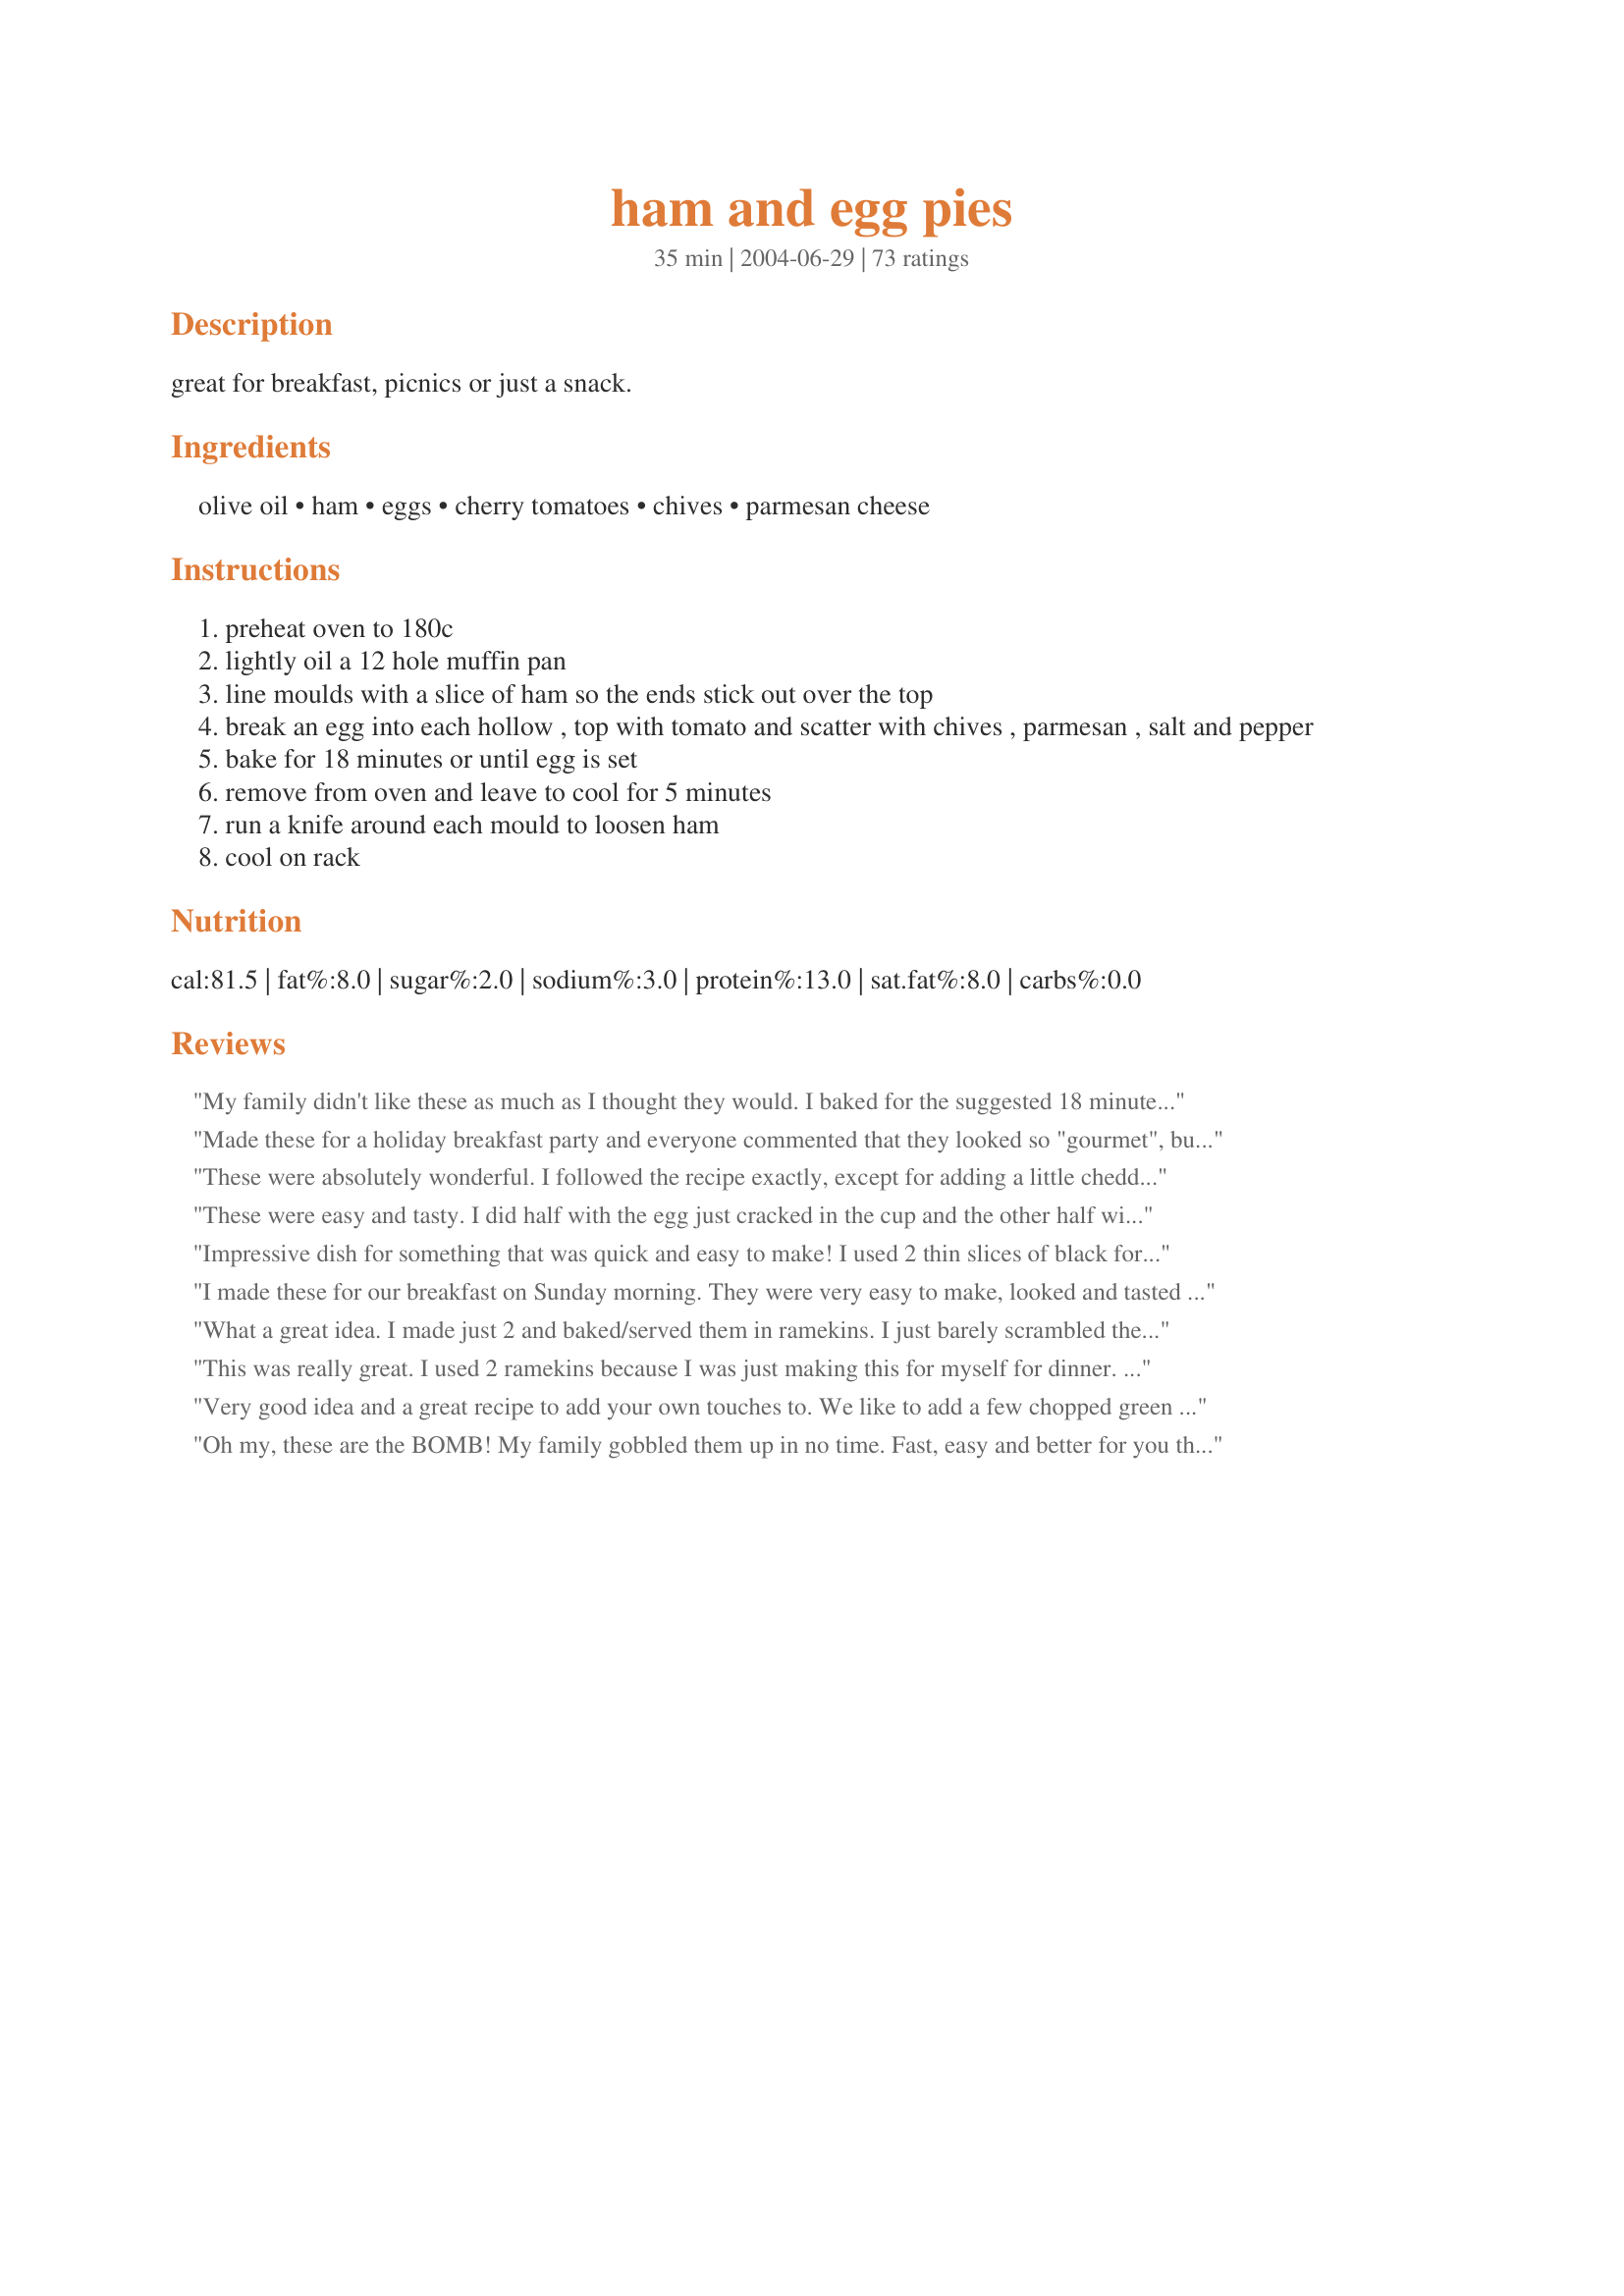
ham and egg pies
Preparation time: 35 minutes

great for breakfast, picnics or just a snack.

Ingredients:
olive oil, ham, eggs, cherry tomatoes, chives, parmesan cheese

Steps:
preheat oven to 180c
lightly oil a 12 hole muffin pan
line moulds with a slice of ham so the ends stick out over the top
break an egg into each hollow , top with tomato and scatter with chives , parmesan , salt and pepper
bake for 18 minutes or until egg is set
remove from oven and leave to cool for 5 minutes
run a knife around each mould to loosen ham
cool on rack

Reviews:
My family didn't like these as much as I thought they would. I baked for the suggested 18 minutes, and the yolks were very firm, so it tasted like a hard boiled egg. I don't know why I was expecting something more along the lines of soft-boiled or poached. I might try these again and cook for a shorter time, since my family really likes soft yolks.
Made these for a holiday breakfast party and everyone commented that they looked so "gourmet", but they are so simple! I did have to increase the cooking time to about 5-8 minutes more. Also, I made half scrambled and half as written.
These were absolutely wonderful. I followed the recipe exactly, except for adding a little cheddar cheese on top. Very easy to prepare.
These were easy and tasty. I did half with the egg just cracked in the cup and the other half with scrambled egg mixed with some cheese. The family liked the scrambled better.
Impressive dish for something that was quick and easy to make! I used 2 thin slices of black forest ham per cup - it gave the tops a nice "ruffled" look. Subbed green onion for the chives and diced grape tomatoes for cherry. Sprinkled with S&P - heavy on the pepper and and Parmesan cheese. Very tasty! I baked the full 18 minutes and let rest 5. I made 8 and only one of the yolks was soft with a little run to it. Will cook just a little less next time because we like the yolk a little runny. Thanks for sharing, this one is a keeper!
I made these for our breakfast on Sunday morning. They were very easy to make, looked and tasted great too!!
Thanks!
What a great idea. I made just 2 and baked/served them in ramekins. I just barely scrambled the egg and substituted basil because I was out of chives. Very tasty and the variations you can make are endless.
This was really great. I used 2 ramekins because I was just making this for myself for dinner. Instead of regular eggs I used all egg whites and green onions instead of chives. I put a sprinkle of garlic salt over everything before putting them into the oven. 15 minutes was perfect in my oven because I cook at high altitude. Thanks again for a great dinner.
Very good idea and a great recipe to add your own touches to. We like to add a few chopped green olives and serve on toasted English Muffins. The recipe is also great as is. Thanks for posting.
Oh my, these are the BOMB! My family gobbled them up in no time. Fast, easy and better for you than fried eggs. Thanks sooo much!!
Let me add another 5 star review for this dish. I made this up quick in 5 minutes and my boys loved it for dinner. It was in and out of the oven in 20 minutes and gone in 5. Perfect for a quick dinner when you are in a rush (which we were). Thanks so much for sharing.
I made these this morning and had our neighbors over for a little brunch. These were so easy to make and fun! Everyone loved them. I served them with coffee, tea and a big bowl of fresh fruit. We sat on the deck watching the sail boats and eating these great little pies. I filled half of them with scrambled eggs and the other with the whole egg as you suggested. Both ways were wonderful. Thanks so much, Jewelies.

Delicious!! DH quickly put these little gems together on Black Friday while we did some heavy online shopping. Really, really tasty & easy!
What a great breakfast. We had these this morning and I made half with ham and half with partially cooked bacon lining the muffin tins. I sprinkled the top with freshly ground pepper, personal preference. I couldn't find cherry tomatoes so I used sliced plum tomatoes. Will definitely make these again and perhaps try grated cheddar cheese too.
Extremely easy and LOW carb. You should call these one carb wonders!! I halved the recipe and it was FANTASTIC!!
These taste as good as they look! Great presentation and really tasty!
I made these in a regular muffin pan. These were very good. I think this summer, I might just use a thin slice of fresh tomato
Great recipe!!! Everyone loved these, they are quick and simple and use what most people have on hand. The kids think these are great I have made them twice since finding this recipe. I made these with just ham and eggs and still great(and scrambled and whole eggs, either work great). Thanks for a wonderful recipe.
5 Excellent Stars! These were easy to whip up and oooh so yummy ! My ham must have been a little thin becuase my egg leaked a little undernieth with most of these, making removal a little tricky, but where there's a will there's a way, and I managed to keep them fairly presentable. I beat my eggs before putting them into the ham (my mother's whole cooked eggs were scary ...usually about 95% raw) and I therefore prefer no reminders and beat mine, just personal preference. I was also running out of parmesan so mixed in a little Gouda as well.. heck these were wonderful little morsels !!! Please see my rating system: 5 stars not only becuase of the ease to make, great presentation and great taste, but also becuase I made my 5 year old picky DD try one bite and after pulling horrible faces for a minute she decided that she actually LIKED them after all... (ok, we picked out the tomatoes in hers, she still doesn't eat them but it was a nice try LOL) DD doesn't mind if I make these for her again, with the cheese and egg filling ..Whoo Hoo !!! Gloating over Success over this 5 year olds eating habits is probably not polite in a woman of my age, but heck if you saw what this kid *doesn't* eat despite my best efforts... you'd be celebrating too ! Thanks !!!
I have had this at a friends's home who makes this very dish at a bed & breakfast that she works at! Very tasty and pretty to look at :)
Okay.
What a super cute idea! Sooo easy to make and the kid's LOVED them! Thanks for sharing.
These are a great idea & easy to whip up.. only thing is a little on the bland side. Added a tablespoon of wholegrain mustard, & will add extra herbs or something next time. Would definitely make again though! Thanks for posting!
Such a delightful treat! As others have suggested, scramble the eggs and then pour the egg mixture into each muffin tin. You save on eggs as well as being able to add other ingredients. I wanted something quick and easy yet delicious. This took me less then 30 minutes to prepare and cook. I know I will be making this again!! I didn't have cherry tomatoes, so I used regular tomatoes and cut slices and put it over the egg mixture. I also covered it with Le Gruyere cheese instead of Parmesan and it turned out amazing! Next time I'm thinking about putting a dab of cream cheese (garden vegetable sounds yummy) under the tomato and then adding the tomato and Le Gruyere cheese and topping it with salt and pepper. Again, such an amazing recipe!!
Fantastic, no fuss, quick and easy breakfast/brunch, low carb too! DH and I loved it. I'll surely make this time and time again. Thanks for sharing.
Easy and absolutely wonderful. Thanks
Reduced the serving size to 4. Used 2 slices of shaved brown sugar ham for each pie & topped w/ green onion for the chives & fresh parsley. My pies took about 23 minutes to get the consistency of a soft boiled egg white w/ a slightly runny center. The combination of the sweet ham, salty cheese, juicy tomatoes & fresh herbs...YUM! Thanks for posting!
Very good idea. I used scambled eggs and grated cheddar for the three of us for Christmas. But I look forward to making a whole variety at bigger breakfast gatherings.
These are so easy to make and delicious!! It amazed me how much flavour they had considering they took so little time to make! Great for packed lunches and for a post workout snack; I could not stop eating these!
Great recipe! I made it this morning and it was so fast and easy. It's a definite keeper. I think it's such a time saver. I used thicker sliced ham and next time I will use a smaller slice. I also used texas sized muffin tin and I'll use a normal muffin tin next time. It was a little soggy on the bottoms so I will increase the cooking time. The eggs were a little runny as well which I don't like. Other than that, there are so many possibilities that can be used for this recipe. Thanks for sharing!
I had to make them to fit my diet; egg beaters instead of eggs. They were quite good but needed alittle more cheese I thought. I will add some cheddar next time. Thanks for the recipe.
This was great! We loved it. I sprayed the muffin tins with Pam and then put 2 slices of deli sandwich ham slices in and overlapped them. Then for extra support I put a piece of Canadian bacon on the bottom. Then I cracked a whole egg in. Salt and peppered it. Added diced tomatoes, chopped green onion and some cheddar and jack cheese. After it cooked (approx. 15 min.) I let it cool for about 5 min. and then gently using two butter knives lifted it out of the muffin cup with everything still holding together. Another fact that makes this recipe great is the versatility it offers. I can see adding crumbled breakfast sausage, mushrooms, bacon and even little diced pre-cooked potatoes. Thank you for a new breakfast idea.
i L-O-V-E-D the ham in the cup!!! The eggies were "okay" but didn't trip my trigger as much as I was hoping! I only made 8 little pies (2 per person). And the only change I made was that after cracking each egg into the cup, I poked a knife into the yolk so they wouldn't be little balls once baked...that helped, but these were still quite dry. I believe baking for shorter time (maybe 20-25 minutes) would yield a nicer somewhat softer eggie. Next time I'll make with smaller eggs (our hens are quite generous!), half slice of deli ham, and ADD a tsp of milk--to add creaminess--and I'll leave off the tomatoes from mine and DD's. Chives are a great touch--right out of the garden--ooohhh! *Made for Aus/NZ Recipe Swap - Sept 07*
I love this recipe! I made it with thin sliced ham and scrambled eggs. Great for a picnic and easy to reheat in toaster oven too!
My husband and I had these for breakfast the other day and we really liked them. Plus it was great, because it was easy to make just enough for the two us. So many recipes are meant to feed an army.
These were delicious and I liked that you can cut the recipe back to the amount of servings you want. I didn't have fresh chives, so subbed green onions.:)
Outstanding, and cute little buggers! Instead of cherry tomatoes I used canned/diced/well drained, and used dehydrated chives for the fresh. Great recipe-
Thanks Jewelies!
These were great, the second time I made them I put salsa instead of Tomatoes.
Funny how you make this a year prior and just realize you haven't posted a review! We love these, but we do cook a little bit longer as well...I might try it with bacon as well. Thanks Jewelies
WOnderful breakfast! I made it the day before and warmed them up the next morning! Ver;y portable too - in case of breakfast on the run. I added a little adobo on top of each one and it gave them great flavor.
We liked these well enough that I will probably make them every once in a while. I used scrambled eggs and I had a little bit of a hard time getting them to not be runny. I think I ended up having them in the oven for close to 40 minutes, by which point the ham was looking quite charred. But they tasted just fine and we ended up eating all of them, just the two of us. Luckily, I only made a half batch! Thanks Jewelies!
Even though my boyfriend declared that these "looked weird," he happily ate two of them for this morning's breakfast. I really enjoyed the combination of ham, egg, tomato and cheese. Next time I will consider making these with some of the variations posted by the other 'Zaar chefs. Excellent! Made for ZWT 3.
Very quick and easy, lovely flavour (I used dill instead of chives), great for a picnic breakfast, thanks for posting xx
i used vegetarian "ham" and added some dill, powdered onion, garlic, salt, and pepper to the eggs. my "ham" turned out a little dry and hard but it has a much lower fat content then the real thing. i may have overcooked them a bit as well. the cherry tomatoes were a touch on the sweet side for me so next time might put chopped romas in the bottom of the cups. could easily play with other fillings like spinach, feta, olives, salsa, etc. we liked these with a little ketchup. went over well at imbolc brunch, even with the meat eaters.
Delicious breakfast treat Jewelies!
My 6 year old and I made them together for my Dad for a special treat and they turned out great. I omitted the tomatoes as my Dad has an aversion to them, but otherwise made them as stated. I baked them at 350 for 10 minutes in my convection oven.
We will be making this again, Thanks for posting!!
I made these y'day for breakfast but found them just a bit bland for my taste. It was a very easy recipe though and my 7 yr old enjoyed them and ate two. Thanks for posting!
I made six of these for Little Miss (DD) and Hubby and they really enjoyed them. They were so easy to make and very quick. The only embarrassing thing I did was I picked up bacon instead of ham from the supermarket, however I still used the bacon for this recipe only cooked it longer (10 mins more). I didn't eat any because I don't eat ham or eggs so I can't comment about the flavour. However they both said they give it 5 star for taste. Thanks Jewelies
These were easy to make and a lot of fun. I used chopped tomatoes from the garden and some other kind of cheese, and added some chopped fresh tarragon, but basically otherwise followed the recipe. Next time I may try some salsa and queso fresco for a Mexican style
Jewelies, these were great and SO simple! Of course, you know me too well to think I wouldn't fiddle with the recipe! LOL I sprayed my muffin tin with cooking oil, lined the holes with ham, and neatened the overhang with a pair of scissors. I scrambled the eggs with a good slosh of cream, and added a handful of grated cheese,a good shake of dried dill and some salt and pepper. I sprinkled the tops with a little more cheese and some finely chopped tomato. This method took a little longer to cook - about 24 minutes, but the result was wonderful! Using this method, I made 5 pies with 4 eggs - 12 pies would need 10 eggs. Thanks SO much for the inspiration!
This recipe has enough reviews but I'll add one more anyway. I scrambled the egg and poured over the ham. I thought they would reheat easier this way. Quick, easy and low-carb diet friendly.
Jewelies, these are terrific! I also used Canadian Bacon and egg substitute to make them a little lower in fat and suitable for the South Beach diet. I also used finely diced tomatoes instead of a whole cherry tomato. I had some leftover cheese mixture from Decked-Out Burgers recipe #69214 and added that to each pie for a smokey flavor - excellent! I'm making another batch right now and plan on having them during the week by just reheating in the microwave. Thanks for sharing this wonderful recipe!
Great little breakfast treat, especially for someone on a low carb diet who needs some "variety" for breakfast choices. I only made 4 of these; I ate 2 for breakfast one morning and reheated the other 2 the next morning...they reheated nicely in the microwave. Instead of using olive oil, I used non-stick spray to coat the muffin tins. I used dried chives but will use fresh ones the next time. Thanks for posting!
These were very quick, easy and tasty. I think they will freeze well. If so, they would be great to make and take to work for a healthy breakfast. I made these exactly as written in the recipe. I think next time I will either chop the tomatoes or leave them out completely. I think these would be great with shredded cheddar also.
Never made anything like these. SO delightful, tasty and novel. Did not get chives so used cilantro and green onions (the green part)I used 4 fresh tomatoes cut into chunks. I also subbed cheddar for the parmesan. I scrambled the eggs for half the quantity as Merlot had done and I preferred the scrambled one. (not much of an egg eater meself but me DH can have them daily for bfast) DH and DS could not decide which were better. THe Best Compliments from all of us! :) Fay
Great to pop in the microwave in the morning. I did a couple things differently. I scrambled the eggs before pouring them into the cups and used sliced tomatoes on top instead of cherry tomatoes. I also added a little garlic powder and used colby-jack cheese along with the parmesan (we love cheese!)
Fabulous and easy! I used Egg Beaters instead of regular eggs, and lean ham. Filled the muffin cups almost to the top. Very healthy...very easy....very delicious
Jewelies these are great! I really liked the idea and think they would be great for a large group or just one or two. I choose to make 2 for DH and I. Did not have the thin sliced ham so I used Canadian bacon. Also, I used egg substitute for the whole egg and instead of the cherry tomatoes, diced plum tomatoes. Also, since I was only making two, I used 6-oz ramekins to cook them in. They are very attractive, easy and just good eating!
This dish looked like a flower to me when they were done. Looked pretty on the plate. It tasted very good too. Very easy to prepare.

Thanks Jewelies.

Bullwinkle
How fun are these!!! I made these when DS was home for the weekend from college. We all loved them. I will be making them again b/c they are so simple to prepare and taste great too. Thank you for a fun and different breakfast.....Stephanie
Absolutely incredible! We like to add a bit of fresh rosemary when we have it on hand (just because everyone in the household seems to have a fetish for rosemary). To accompany these delectable little pies we often whip up a hashbrown casserole. Thanks for a fabulous and quick recipe!
Delicious and easy! It was so simple to meet everyone's special requests when making these. I served them with some sweet marshmallow crescents and fruit salad.
YUM! what more can I say? I made theese this morning and people were grabbing for seconds! 
My diet requires protein in the morn and I was so tired of the same old scrambled eggs. Theese are yummy and easy to take to work and eat on the way.
Thanks!
I have to add my vote for these as well - if you are having friends and family over - especially a mix of kids, teens and adults - you will please everyone with these. They look fancy on a nice serving dish, they taste great and they're easy to prepare with so few ingredients. Thank-you for this recipe!
love baked eggs and these are great
I have a three-year old daughter. We were watching a couple other kids overnight. This was a GREAT thing for all the kids to help make in the morning for breakfast. They LOVED setting the ham in (I did the eggs), and adding "toppings" (cheese, etc)... not to mention they ate every last crumb!

We will definitely make these again! Thanks for the great recipe and "kid-friendly" food!!
From the sheer number of reviews of this recipe and number of stars it gets, I think it's pretty obvious that Ham and Egg Pies delivers the goods. I love this recipe because its easy, quick and makes a great presentation. I had thin sliced deli ham and eggs that I wanted to use up and by surprise came across this recipe. I made two for myself and the only change I made was using sliced medium tomatoes instead of the cherry tomatoes. At first I thought I should scramble the egg before adding it to the ham as other reviewers had suggested but I am glad that I didn't because it made for a perfect poached egg type presentation. I loved the taste of the tomato in the pie; the tomato, lightly baked, still retained a very fresh flavor. I thought it might be difficult to get the pies out of the muffin tins but I didn't have a problem (I sprayed the tins before hand with cooking spray as the recipe states). The only seasoning (aside from the chives) that I needed was pepper. Delicious. This will be a top recipe to make for company. I can see also "personalizing" the pies with mushrooms or bacon bits. Excellent, excellent, excellent. Thank you Jewelies.
This was a lovely breakfast this morning! It was only me eating, so I made a single serving in a ramekin. I didn't have any chives, but I had some nice green onions to use instead. I topped this with spicy ketchup before eating (I know, I kinda white-trashified a somewhat elegant dish, but I need ketchup with my eggs lol!). I'd definitely make this again, thanks for posting!
These are too cute! They make a great presentation as well. I did find that they took the better part of a half hour to cook thru- in a silicon muffin pan.. Served them on buttered, and broiled english muffin halves- with a side of fresh pinneapple and grapes.. Also put some mushrooms and sliced black olives on the egg before cooking..
Great recipe. Had these this morning on a stormy day. I used bacon with a single egg in each muffin tin. Will be making these again with so many variations to choose from. Thanks Jewelies.
Just terrific. I served this for a small brunch and it was very well received. It made a neat presentation as well. I had no leftovers for later but I plan to make these again just for me!! Thank you for sharing Jewelies.
Exceptional!!! I have made these many times now, each time with a different cheese, herb or type of ham, all different but all delicious. A great breakfast for someone like me with a wheat intolerance.!
Thank you Jewelies!
Enjoyed these simple little winners for breakfast this morning. I also substituted thin-cut bacon for ham, which was delicious (but will try it with ham when I have some).I used spicy oregano, garlic chives and cherry tomatoes from my garden, and free-range eggs from my chooks...now I just need to raise pigs!? Thanks again, Jewelies, for another keeper. :)
I made these for Easter and they were a huge hit. I made half as the recipe states, and half scrambled. I also added a little shredded cheddar. Thanks so much for making brunch for 10 easier!
